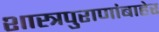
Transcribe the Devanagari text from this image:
शास्त्रपुराणांबाहेर